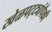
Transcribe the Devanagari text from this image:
खेळपट्ट्यांपैकी